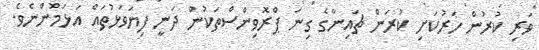
ވަރި ކުރުން ހަރުކަށި ކުރަން ޗައިނާގެ ގިނަ ޕްރޮވިންސްތަކުން ދަނީ ފިޔަވަޅުތައް އަޅަމުންނެވެ.